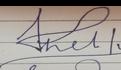
Signature authenticity: forged